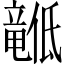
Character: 𬺙